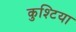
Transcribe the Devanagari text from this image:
कुश्टिया